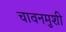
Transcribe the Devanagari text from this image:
चावनमुशी